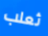
ثعلب